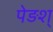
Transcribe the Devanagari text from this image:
पेड़श्